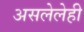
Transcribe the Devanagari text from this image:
असलेलेही